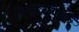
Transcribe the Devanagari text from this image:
पिळवणुक